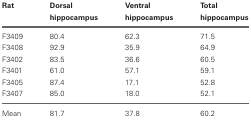
| Rat | Dorsal hippocampus | Ventral hippocampus | Total hippocampus |
 | --- | --- | --- | --- |
 | F3409 | 80.4 | 62.3 | 71.5 |
 | F3408 | 92.9 | 35.9 | 64.9 |
 | F3402 | 83.5 | 36.6 | 60.5 |
 | F3401 | 61.0 | 57.1 | 59.1 |
 | F3405 | 87.4 | 17.1 | 52.8 |
 | F3407 | 85.0 | 18.0 | 52.1 |
 | Mean | 81.7 | 37.8 | 60.2 |